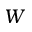
W